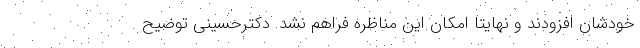
خودشان افزودند و نهایتا امکان این مناظره فراهم نشد. دکترحسینی توضیح